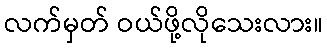
လက်မှတ် ဝယ်ဖို့လိုသေးလား။